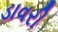
ડાવરી